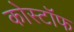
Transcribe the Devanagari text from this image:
कोस्टॉफ